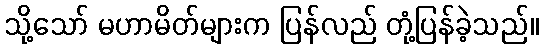
သို့သော် မဟာမိတ်များက ပြန်လည် တုံ့ပြန်ခဲ့သည်။